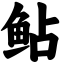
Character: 鲇